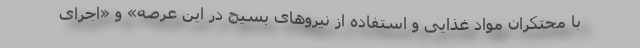
با محتکران مواد غذایی و استفاده از نیروهای بسیج در این عرصه» و «اجرای